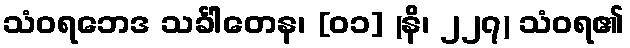
သံဝရဘေဒ သင်္ခါတေန၊ [၀၁] (နိ၊ ၂၂၇) သံဝရ၏